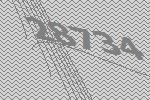
28734